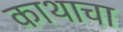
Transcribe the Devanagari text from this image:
काथाचा